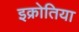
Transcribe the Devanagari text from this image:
इक्रोतिया